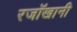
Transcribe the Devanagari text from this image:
रजॉखानी